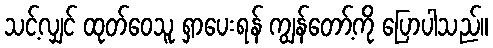
သင့်လျှင် ထုတ်ဝေသူ ရှာပေးရန် ကျွန်တော့်ကို ပြောပါသည်။